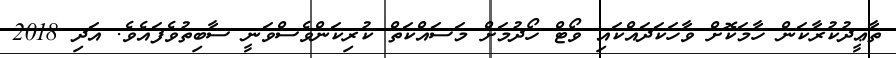
ތާޢީދުކުރާކަން ހާމަކޮށް ވާހަކަދައްކައި ވޯޓް ހޯދުމަށް މަސައްކަތް ކުރިކަންވެސްވަނީ ސާބިތުވެފައެވެ. އަދި 2018